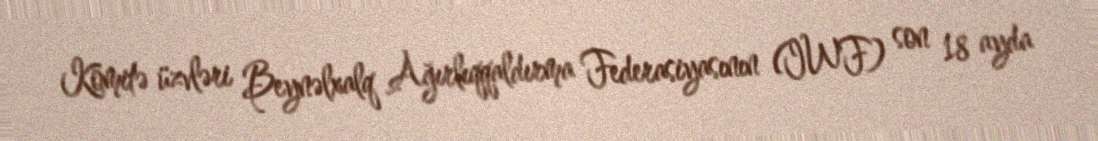
Komitə üzvləri Beynəlxalq Ağırlıqqaldırma Federasiyasının (IWF) son 18 ayda